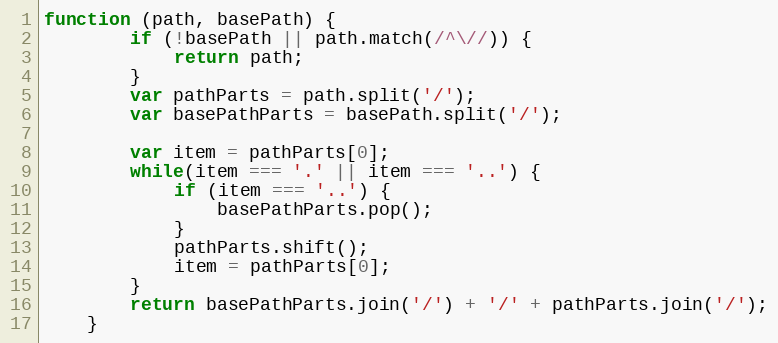
Language: JavaScript
function (path, basePath) {
        if (!basePath || path.match(/^\//)) {
            return path;
        }
        var pathParts = path.split('/');
        var basePathParts = basePath.split('/');

        var item = pathParts[0];
        while(item === '.' || item === '..') {
            if (item === '..') {
                basePathParts.pop();
            }
            pathParts.shift();
            item = pathParts[0];
        }
        return basePathParts.join('/') + '/' + pathParts.join('/');
    }